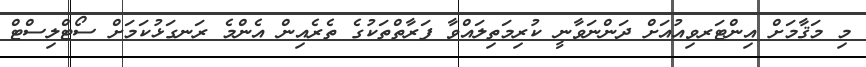
މި މަޤާމަށް އިންޓަރވިއުއަށް ދަންނަވާނީ ކުރިމަތިލައްވާ ފަރާތްތަކުގެ ތެރެއިން އެންމެ ރަނގަޅުކަމަށް ސޯޓްލިސްޓް